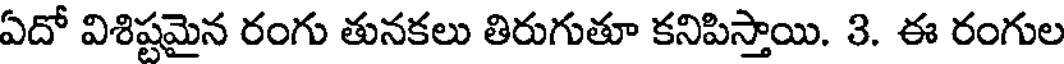
ఏదో విశిష్టమైన రంగు తునకలు తిరుగుతూ కనిపిస్తాయి. 3. ఈ రంగుల